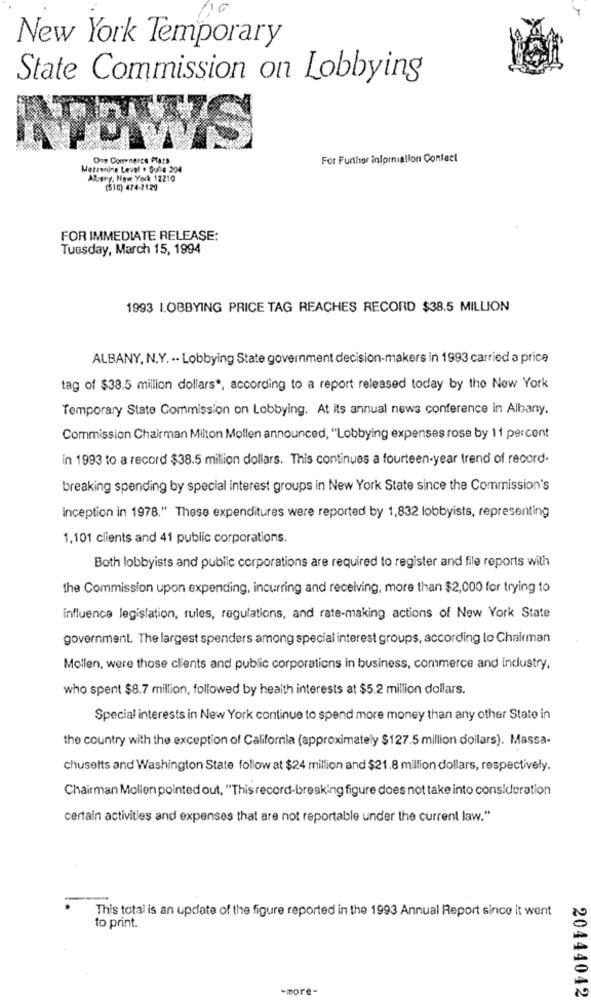
New York Temporary
State Commission on Lobbying
One Conenercs Plats
For Further information Contact
Metzening Level . Sulle 304
Alsthy, New York 12210
(510) 474-1120
FOR IMMEDIATE RELEASE:
Tuesday, March 15, 1994
1993 1.OBBYING PRICE TAG REACHES RECORD $38.5 MILLION
ALBANY, N.Y. -- Lobbying State government decision-makers in 1993 carried a price
tag of $38.5 million dollars", according to a report released today by the New York
Temporary State Commission on Lobbying. At its annual news conference in Albany,
Commission Chairman Milton Mollen announced, "Lobbying expenses rose by 11 percent
in 1993 to a record $38.5 million dollars. This continues a fourteen-year trend of record.
breaking spending by special interest groups in New York State since the Commission's
inception in 1978." These expenditures were reported by 1,832 lobbyists, representing
1,101 clients and 41 public corporations.
Both lobbyists and public corporations are required to register and file reports with
the Commission upon expending, incurring and receiving, more than $2,000 for trying to
influence legislation, rules, regulations, and rate-making actions of New York State
government. The largest spenders among special interest groups, according to Chairman
Mollen, were those clients and public corporations in business, commerce and industry.
who spent $8.7 million, followed by health interests at $5.2 million dollars.
Special interests in New York continue to spend more money than any other State in
the country with the exception of California (approximately $127.5 million dollars). Massa-
chusetts and Washington State follow at $24 million and $21.8 million dollars, respectively.
Chairman Mollen pointed out, "This record-breaking figure does not take into consideration
certain activities and expenses that are not reportable under the current law."
This total is an update of the figure reported in the 1993 Annual Report since it went
to print.
-more-
20444042